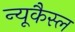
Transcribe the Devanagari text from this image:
न्यूकैस्ल